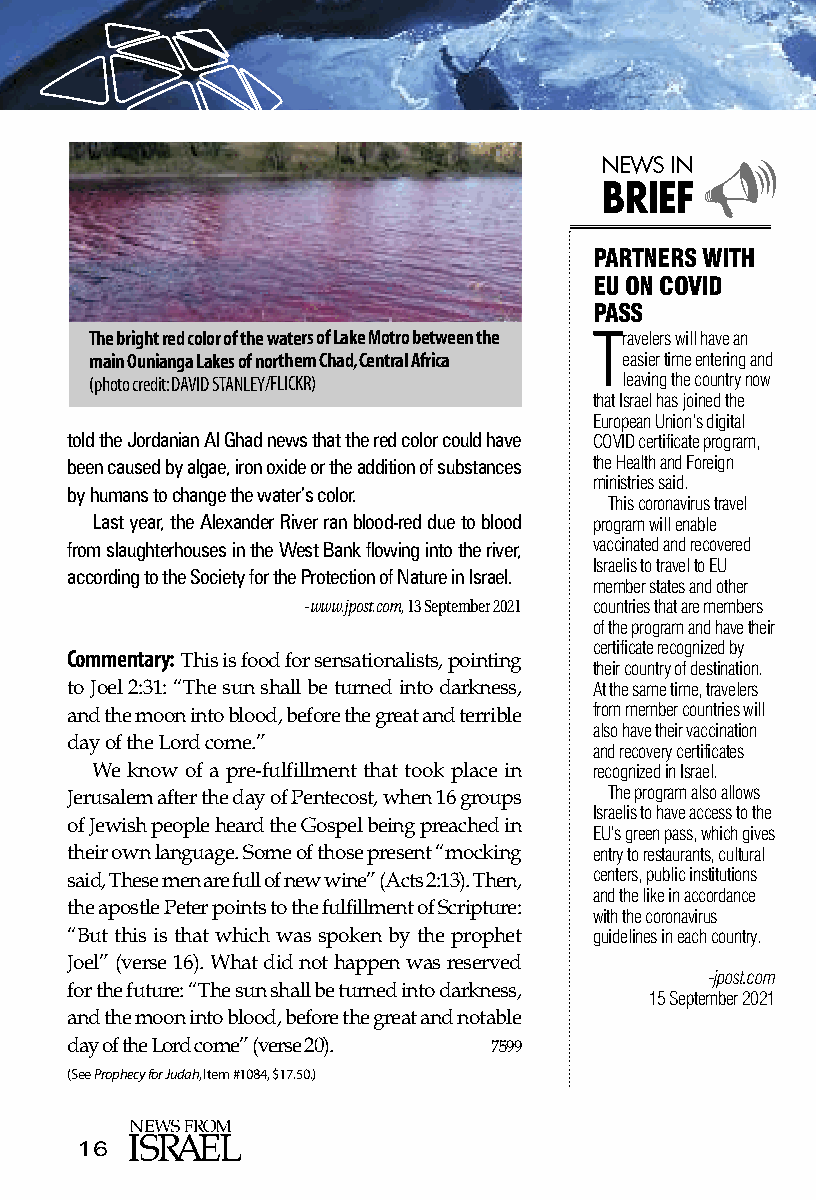
NEWS IN
 
 BRIEF
 PARTNERS WITH
 EU ON COVID
 PASS
 The bright red color of the waters of Lake Motro between the Travelers will have an
 main Ounianga Lakes of northern Chad, Central Africa easier time entering and
 (photo credit: DAVID STANLEY/FLICKR) leaving the country now
 that Israel has joined the
 European Union’s digital
 told the Jordanian Al Ghad news that the red color could have COVID certificate program,
 been caused by algae, iron oxide or the addition of substances the Health and Foreign
 ministries said.
 by humans to change the water’s color.
 This coronavirus travel
 Last year, the Alexander River ran blood-red due to blood program will enable
 from slaughterhouses in the West Bank flowing into the river, vaccinated and recovered
 Israelis to travel to EU
 according to the Society for the Protection of Nature in Israel.
 member states and other
 -www.jpost.com, 13 September 2021 countries that are members
 of the program and have their
 certificate recognized by
 Commentary:
 This is food for sensationalists, pointing their country of destination.
 to Joel 2:31: “The sun shall be turned into darkness, At the same time, travelers
 from member countries will
 and the moon into blood, before the great and terrible
 also have their vaccination
 day of the Lord come.”             and recovery certificates
 We know of a pre-fulfillment that took place in recognized in Israel.
 The program also allows
 Jerusalem after the day of Pentecost, when 16 groups
 Israelis to have access to the
 of Jewish people heard the Gospel being preached in EU’s green pass, which gives
 their own language. Some of those present “mocking entry to restaurants, cultural
 centers, public institutions
 said, These men are full of new wine” (Acts 2:13). Then,
 and the like in accordance
 the apostle Peter points to the fulfillment of Scripture: with the coronavirus
 “But this is that which was spoken by the prophet guidelines in each country.
 Joel” (verse 16). What did not happen was reserved
 -jpost.com
 for the future: “The sun shall be turned into darkness, 15 September 2021
 and the moon into blood, before the great and notable
 day of the Lord come” (verse 20). 7599
 (See Prophecy for Judah, Item #1084, $17.50.)
 16